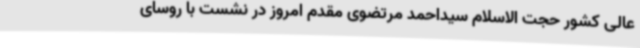
عالی کشور حجت الاسلام سیداحمد مرتضوی مقدم امروز در نشست با روسای